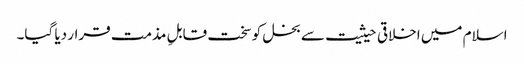
اسلام میں اخلاقی حیثیت سے بخل کو سخت قابلِ مذمت قرار دیا گیا۔